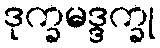
ဒုက္ခမဒ္ဒက္ခု